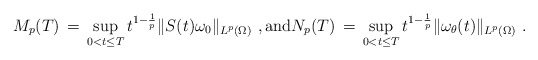
\begin{align*} M_p(T) \,=\, \sup_{0 < t \le T} t^{1-\frac1p} \|S(t)\omega_0\|_{L^p (\Omega)}~, \hbox{and} N_p(T) \,=\, \sup_{0 < t \le T} t^{1-\frac1p} \|\omega_\theta(t)\|_{L^p (\Omega)}~.\end{align*}